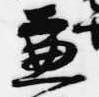
兼